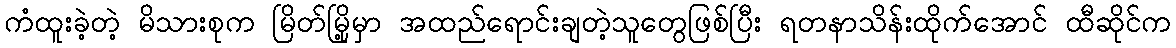
ကံထူးခဲ့တဲ့ မိသားစုက မြိတ်မြို့မှာ အထည်ရောင်းချတဲ့သူတွေဖြစ်ပြီး ရတနာသိန်းထိုက်အောင် ထီဆိုင်က